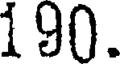
190.